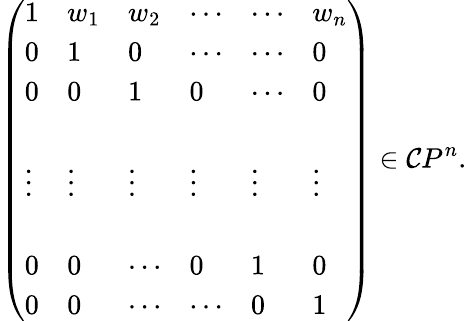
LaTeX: \left(\begin{array}{llllll}{{1}}&{{w_{1}}}&{{w_{2}}}&{{\cdots}}&{{\cdots}}&{{w_{n}}}\\ {{0}}&{{1}}&{{0}}&{{\cdots}}&{{\cdots}}&{{0}}\\ {{0}}&{{0}}&{{1}}&{{0}}&{{\cdots}}&{{0}}\\ {{}}&{{}}&{{}}&{{}}&{{}}&{{}}\\ {{\vdots}}&{{\vdots}}&{{\vdots}}&{{\vdots}}&{{\vdots}}&{{\vdots}}\\ {{}}&{{}}&{{}}&{{}}&{{}}&{{}}\\ {{0}}&{{0}}&{{\cdots}}&{{0}}&{{1}}&{{0}}\\ {{0}}&{{0}}&{{\cdots}}&{{\cdots}}&{{0}}&{{1}}\end{array}\right)\in\mathcal{C}P^{n}.